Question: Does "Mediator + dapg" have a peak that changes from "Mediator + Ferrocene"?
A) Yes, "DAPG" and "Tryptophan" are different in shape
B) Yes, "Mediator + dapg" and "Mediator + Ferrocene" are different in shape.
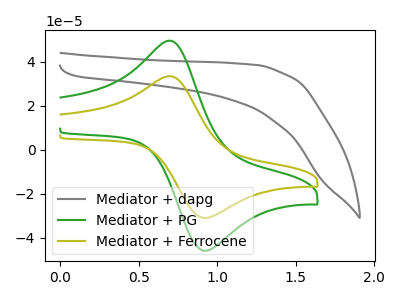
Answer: <think>The gray curve "Mediator + dapg" has no peaks. The green curve "Mediator + PG" has an anodic peak at (0.70V, 49.25uA) and a cathodic peak at (0.95V, -45.75uA). The olive curve "Mediator + Ferrocene" has an anodic peak at (0.70V, 33.25uA) and a cathodic peak at (0.95V, -30.90uA).
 "Mediator + dapg" and "Mediator + Ferrocene" have a different number of peaks.</think>
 <answer>B) Yes, "Mediator + dapg" and "Mediator + Ferrocene" are different in shape.</answer>
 <eval>B</eval>